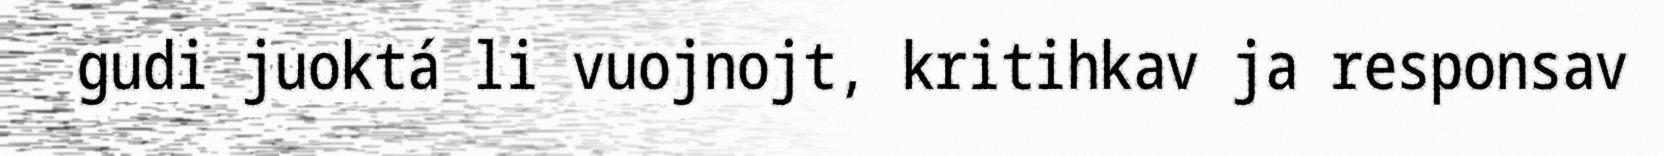
gudi juoktá li vuojnojt, kritihkav ja responsav